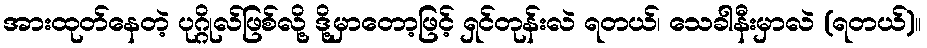
အားထုတ်နေတဲ့ ပုဂ္ဂိုလ်ဖြစ်လို့ ဒို့မှာတော့ဖြင့် ရှင်တုန်းလဲ ရတယ်၊ သေခါနီးမှာလဲ (ရတယ်)။